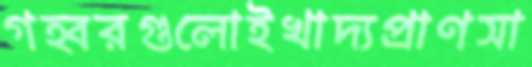
গহ্বরগুলোইখাদ্যপ্রাণসা